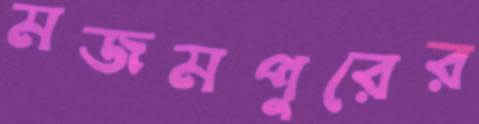
মজমপুরের